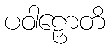
ပဝါဠှောတိ